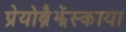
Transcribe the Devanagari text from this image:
प्रेयोब्रैझेंस्काया